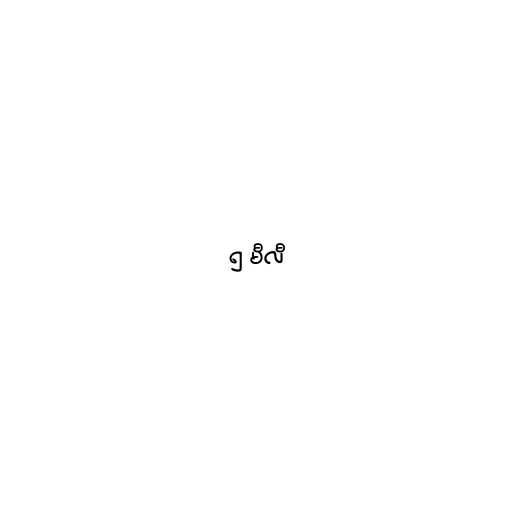
၅ မီလီ